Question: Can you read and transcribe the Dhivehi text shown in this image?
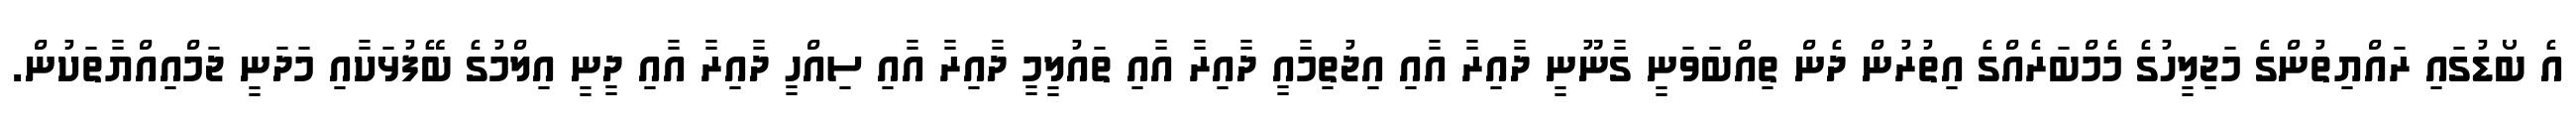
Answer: އެ ބޯޑުގައި ރައްޔިތުންގެ މަޖިލީހުގެ މެމްބަރެއްގެ އިތުރުން ދެން ތިއްބަވަނީ ގާނޫނީ ދާއިރާ އާއި އިޖުތިމާއީ ދާއިރާ އާއި ތައުލީމީ ދާއިރާ އާއި ސިއްހީ ދާއިރާ އާއި ދީނީ އިލްމުގެ ބޭފުޅަކާއި މަދަނީ ޖަމްއިއްޔާތަކުން.